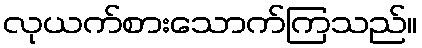
လုယက်စားသောက်ကြသည်။